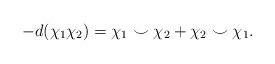
LaTeX: \begin{align*}-d(\chi_1\chi_2) = \chi_1 \smile \chi_2 + \chi_2 \smile \chi_1.\end{align*}